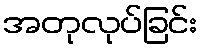
အတုလုပ်ခြင်း